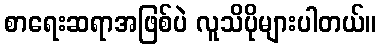
စာရေးဆရာအဖြစ်ပဲ လူသိပိုများပါတယ်။